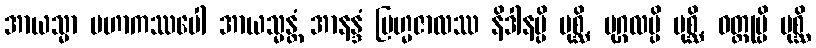
အာယသ္မာ မဟာကဿပေါ အာယသ္မန္တံ အာနန္ဒံ ဗြဟ္မဇာလဿ နိဒါနမ္ပိ ပုစ္ဆိ, ပုဂ္ဂလမ္ပိ ပုစ္ဆိ, ဝတ္ထုမ္ပိ ပုစ္ဆိ